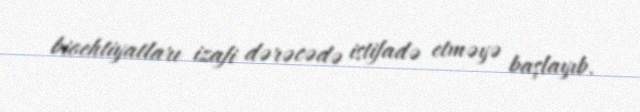
bioehtiyatları izafi dərəcədə istifadə etməyə başlayıb.